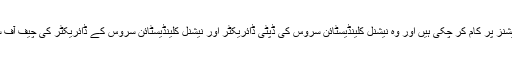
واشنگٹن ڈی سی میں بھی اور اہم پوزیشنز پر کام کر چکی ہیں اور وہ نیشنل کلینڈیسٹائن سروس کی ڈپٹی ڈائریکٹر اور نیشنل کلینڈیسٹائن سروس کے ڈائریکٹر کی چیف آف سٹاف کے عہدے پر کام کر چکی ہیں۔